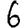
Digit: 6